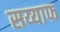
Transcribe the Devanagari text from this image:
सय्याफ